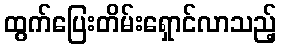
ထွက်ပြေးတိမ်းရှောင်လာသည့်